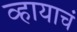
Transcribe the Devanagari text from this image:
व्हायाचं